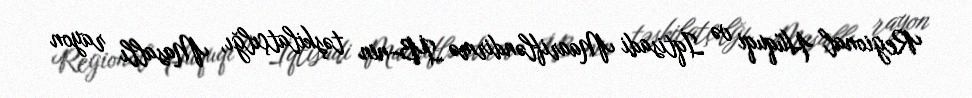
Regional Hüquqi və İqtisadi Maarifləndirmə İB-nin təşkilatçılğı, Masallı rayon